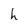
Character: h